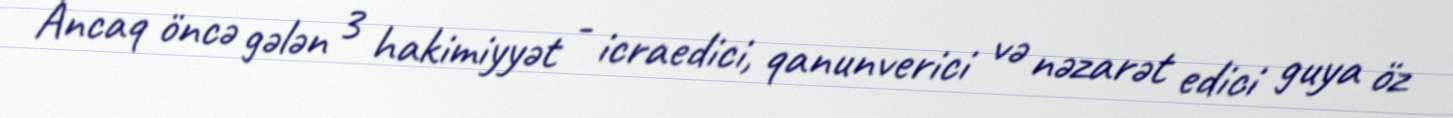
Ancaq öncə gələn 3 hakimiyyət - icraedici, qanunverici və nəzarət edici guya öz